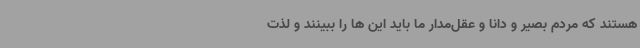
هستند که مردم بصیر و دانا و عقل‌مدار ما باید این ها را ببینند و لذت